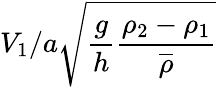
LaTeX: V_{1}/a\sqrt{\frac{g}{h}\frac{\rho_{2}-\rho_{1}}{\overline{{\rho}}}}